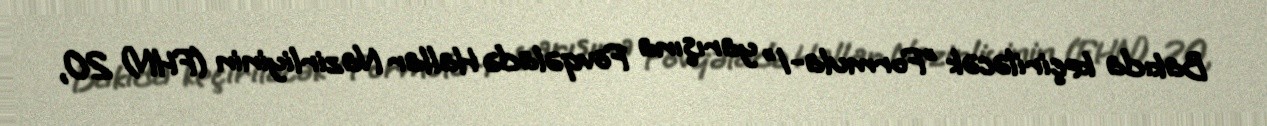
Bakıda keçiriləcək "Formula-1" yarışına Fövqəladə Hallar Nazirliyinin (FHN) 20,